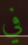
في